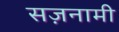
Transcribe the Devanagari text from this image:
सज़नामी